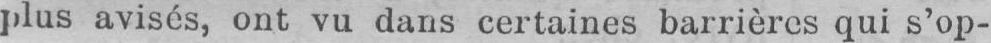
plus avisés, ont vu dans certaines barrières qui s’op-